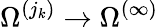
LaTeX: \Omega^{(j_{k})}\to\Omega^{(\infty)}